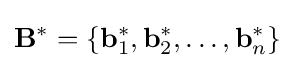
\mathbf {B} ^{*}=\{\mathbf {b} _{1}^{*},\mathbf {b} _{2}^{*},\dots ,\mathbf {b} _{n}^{*}\}